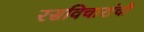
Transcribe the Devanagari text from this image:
रसविचारांची